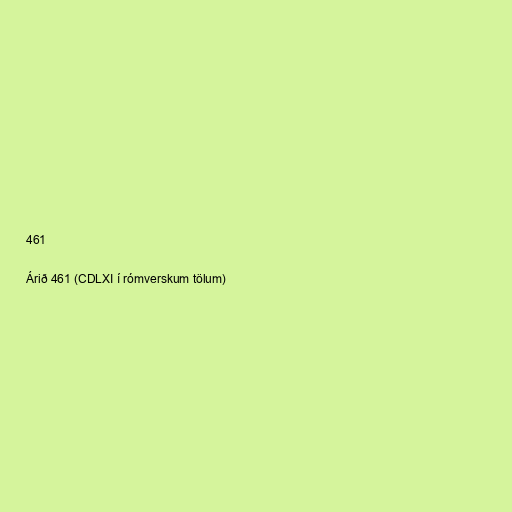
461

Árið 461 (CDLXI í rómverskum tölum)